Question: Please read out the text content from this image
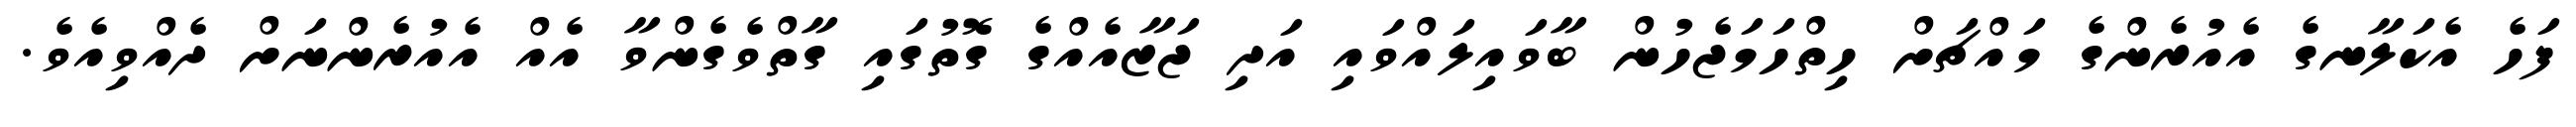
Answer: ފަހެ އެކަލާނގެ އެއުރެންގެ މައްޗަށް ހިތްހަމަޖެހުން ބާވައިލައްވައި އަދި ޖަޒާއެއްގެ ގޮތުގައި ގާތްވެގެންވާ އެއް އެއުރެންނަށް ދެއްވިއެވެ.